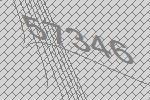
57346